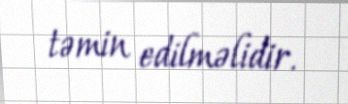
təmin edilməlidir.